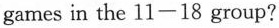
game in the 11—18 group?